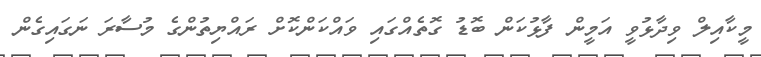
މީކާއިލް ވިދާޅުވީ އަމީން ފާޅުކަން ބޮޑު ގޮތެއްގައި ވައްކަންކޮށް ރައްޔިތުންގެ މުސާރަ ނަގައިގެން